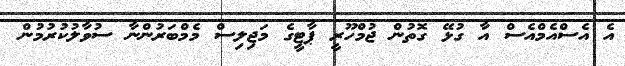
އެ އެސްއެމްއެސް އާ ގުޅޭ ގޮތުން ޖުމްހޫރީ ޕާޓީގެ މަޖިލިސް މެމްބަރުންނާ ސުވާލުކުރުމުން